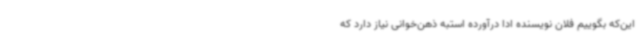
این‌که بگوییم فلان نویسنده ادا درآورده استبه ذهن‌خوانی نیاز دارد که